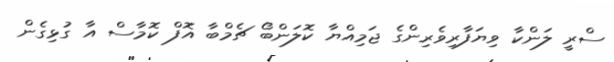
ސްރީ ލަންކާ ވިޔަފާރިވެރިންގެ ޖަމިއްޔާ ކޮލަންބޯ ޗެމްބާ އޮފް ކޮމާސް އާ ގުޅިގެން